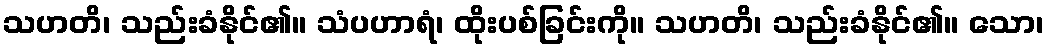
သဟတိ၊ သည်းခံနိုင်၏။ သံပဟာရံ၊ ထိုးပစ်ခြင်းကို။ သဟတိ၊ သည်းခံနိုင်၏။ သော၊